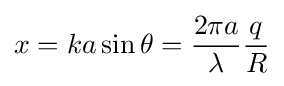
x=ka\sin \theta ={\frac {2\pi a}{\lambda }}{\frac {q}{R}}